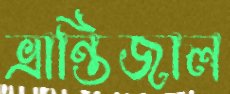
ভ্রান্তিজাল